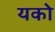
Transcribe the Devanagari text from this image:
यको